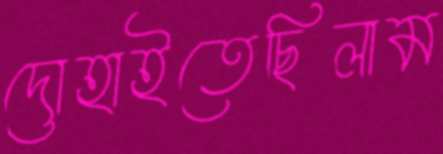
দোহাইতেছিলাম